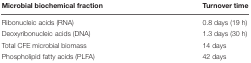
| Microbial biochemical fraction | Turnover time |
 | --- | --- |
 | Ribonucleic acids (RNA) | 0.8 days (19 h) |
 | Deoxyribonucleic acids (DNA) | 1.3 days (30 h) |
 | Total CFE microbial biomass | 14 days |
 | Phospholipid fatty acids (PLFA) | 42 days |